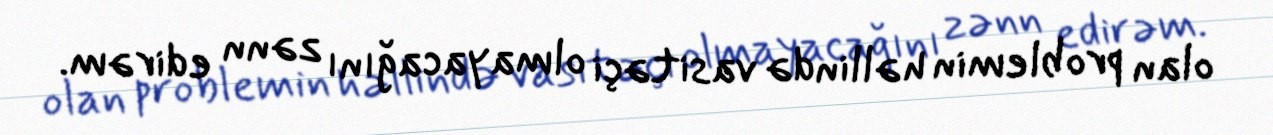
olan problemin həllində vasitəçi olmayacağını zənn edirəm.